Tezpur Lunatic Asylum reports 1895-1904 - 1895-1904
Year: 1895
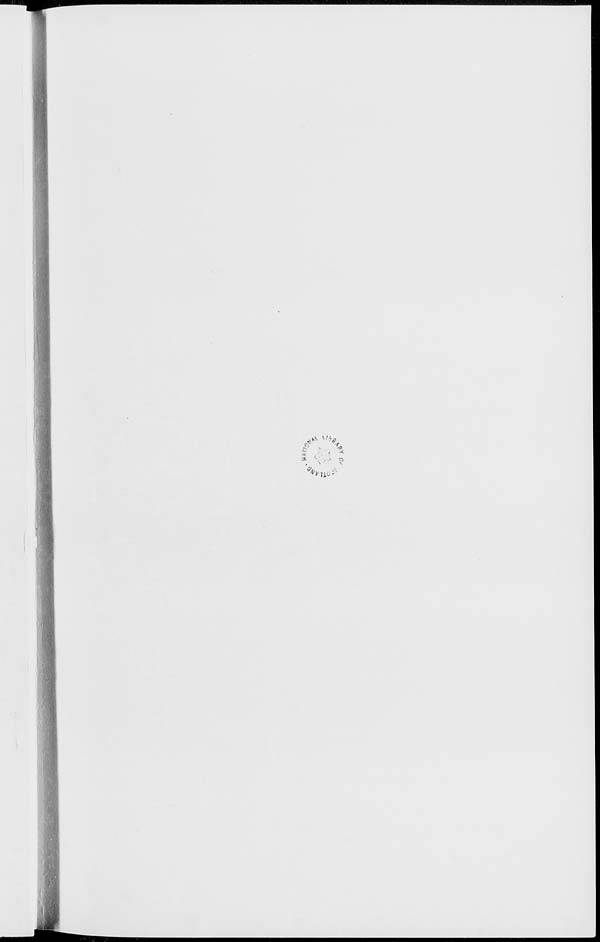
a* L %
■x-
.> o
>)
^lioi-